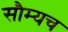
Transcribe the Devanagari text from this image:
सौम्यच